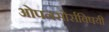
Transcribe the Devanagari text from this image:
ओपनसोर्सविषयी